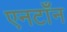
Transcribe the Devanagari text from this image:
एनटाँन